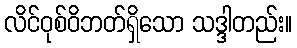
လိင်ဝုစ်ဝိဘတ်ရှိသော သဒ္ဒါတည်း။